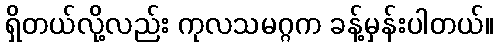
ရှိတယ်လို့လည်း ကုလသမဂ္ဂက ခန့်မှန်းပါတယ်။